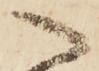
へ